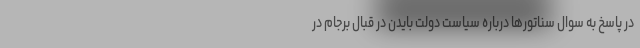
در پاسخ به سوال سناتورها درباره سیاست دولت بایدن در قبال برجام در